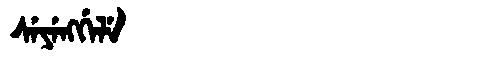
Manchu: ᠰᡝᠶᡝᠩᡤᡝᠯᡝ
Romanization: SEYENGGELE